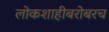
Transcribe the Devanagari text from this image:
लोकशाहीबरोबरच